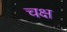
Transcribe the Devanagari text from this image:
चक्ष